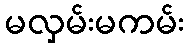
မလှမ်းမကမ်း